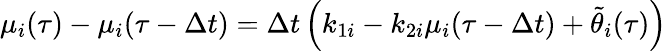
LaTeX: \mu_{i}(\tau)-\mu_{i}(\tau-\Delta t)=\Delta t\left(k_{1i}-k_{2i}\mu_{i}(\tau-\Delta t)+\tilde{\theta}_{i}(\tau)\right)